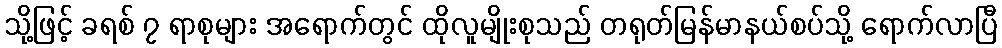
သို့ဖြင့် ခရစ် ၇ ရာစုများ အရောက်တွင် ထိုလူမျိုးစုသည် တရုတ်မြန်မာနယ်စပ်သို့ ရောက်လာပြီ